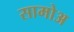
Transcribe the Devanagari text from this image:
सामोअ